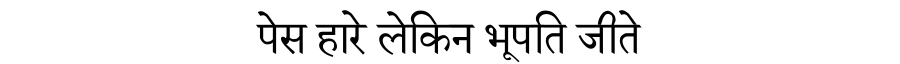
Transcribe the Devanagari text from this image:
पेस हारे लेकिन भूपति जीते